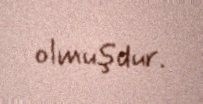
olmuşdur.